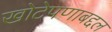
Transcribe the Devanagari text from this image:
खोटेपणाबद्दल